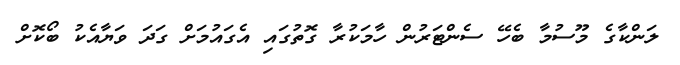
ލަންކާގެ މޫސުމާ ބެހޭ ސެންޓަރުން ހާމަކުރާ ގޮތުގައި އެގައުމަށް ގަދަ ވަޔާއެކު ބޯކޮށް